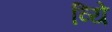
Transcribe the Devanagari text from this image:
व्यिे